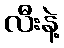
လီးနဲ့